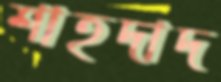
শাহদাদ